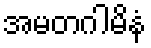
အမတဂါမိနံ